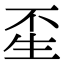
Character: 𤯚